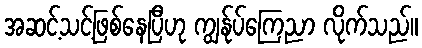
အဆင့်သင့်ဖြစ်နေပြီဟု ကျွန်ုပ်ကြေညာ လိုက်သည်။